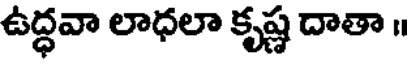
ఉద్ధవా లాధలా కృష్ణ దాతా ॥